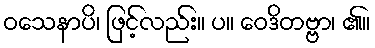
ဝသေနာပိ၊ ဖြင့်လည်း။ ပ။ ဝေဒိတဗ္ဗာ၊ ၏။